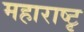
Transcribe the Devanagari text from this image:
महाराष्टृ